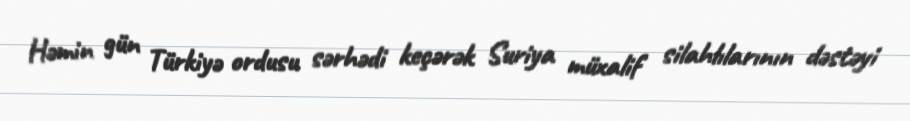
Həmin gün Türkiyə ordusu sərhədi keçərək Suriya müxalif silahlılarının dəstəyi